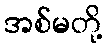
အစ်မတို့